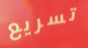
تسريع